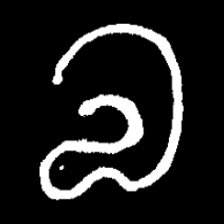
Pyu character \u2014 Myanmar letter: လ (romanized: la)